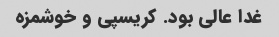
غدا عالی بود. کریسپی و خوشمزه